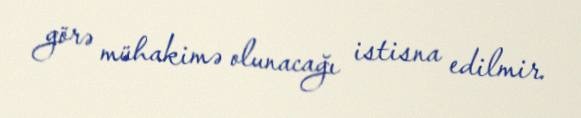
görə mühakimə olunacağı istisna edilmir.